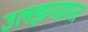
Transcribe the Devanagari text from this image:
उलझनग्रस्त